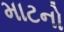
માટનો